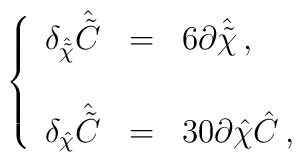
\left\{\begin{array}{rcl}\delta_{\hat{\tilde{\chi}}}\hat{\tilde{C}} & = & 6\partial\hat{\tilde{\chi}}\, ,\\& & \\\delta_{\hat{\chi}}\hat{\tilde{C}} & = & 30\partial\hat{\chi}\hat{C}\, ,\\\end{array}\right.